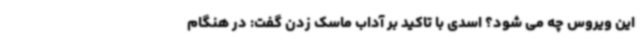
این ویروس چه می شود؟ اسدی با تاکید بر آداب ماسک زدن گفت: در هنگام